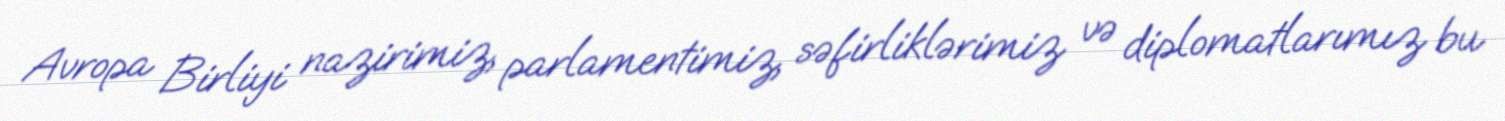
Avropa Birliyi nazirimiz, parlamentimiz, səfirliklərimiz və diplomatlarımız bu